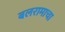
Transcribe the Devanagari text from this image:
बलरामाचा